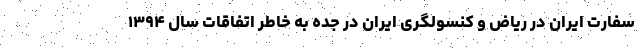
سفارت ایران در ریاض و کنسولگری ایران در جده به خاطر اتفاقات سال ۱۳۹۴